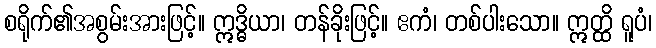
စရိုက်၏အစွမ်းအားဖြင့်။ ဣဒ္ဓိယာ၊ တန်ခိုးဖြင့်။ ဧကံ၊ တစ်ပါးသော။ ဣတ္ထိ ရူပံ၊